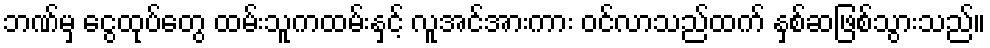
ဘဏ်မှ ငွေထုပ်တွေ ထမ်းသူကထမ်းနှင့် လူအင်အားကား ဝင်လာသည်ထက် နှစ်ဆဖြစ်သွားသည်။